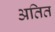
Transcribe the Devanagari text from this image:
अतित